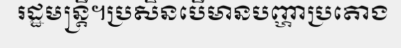
រដ្ឋមន្ត្រី។ប្រសិនបើមានបញ្ហាប្រតោង